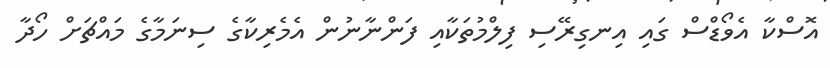
އޮސްކާ އެވޯޑްސް ގައި އިނގިރޭސި ފިލްމުތަކާއި ފަންނާނުން އެމެރިކާގެ ސިނަމާގެ މައްޗަށް ހޯދާ